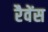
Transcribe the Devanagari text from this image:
रैवेंस